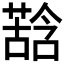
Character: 𮐽